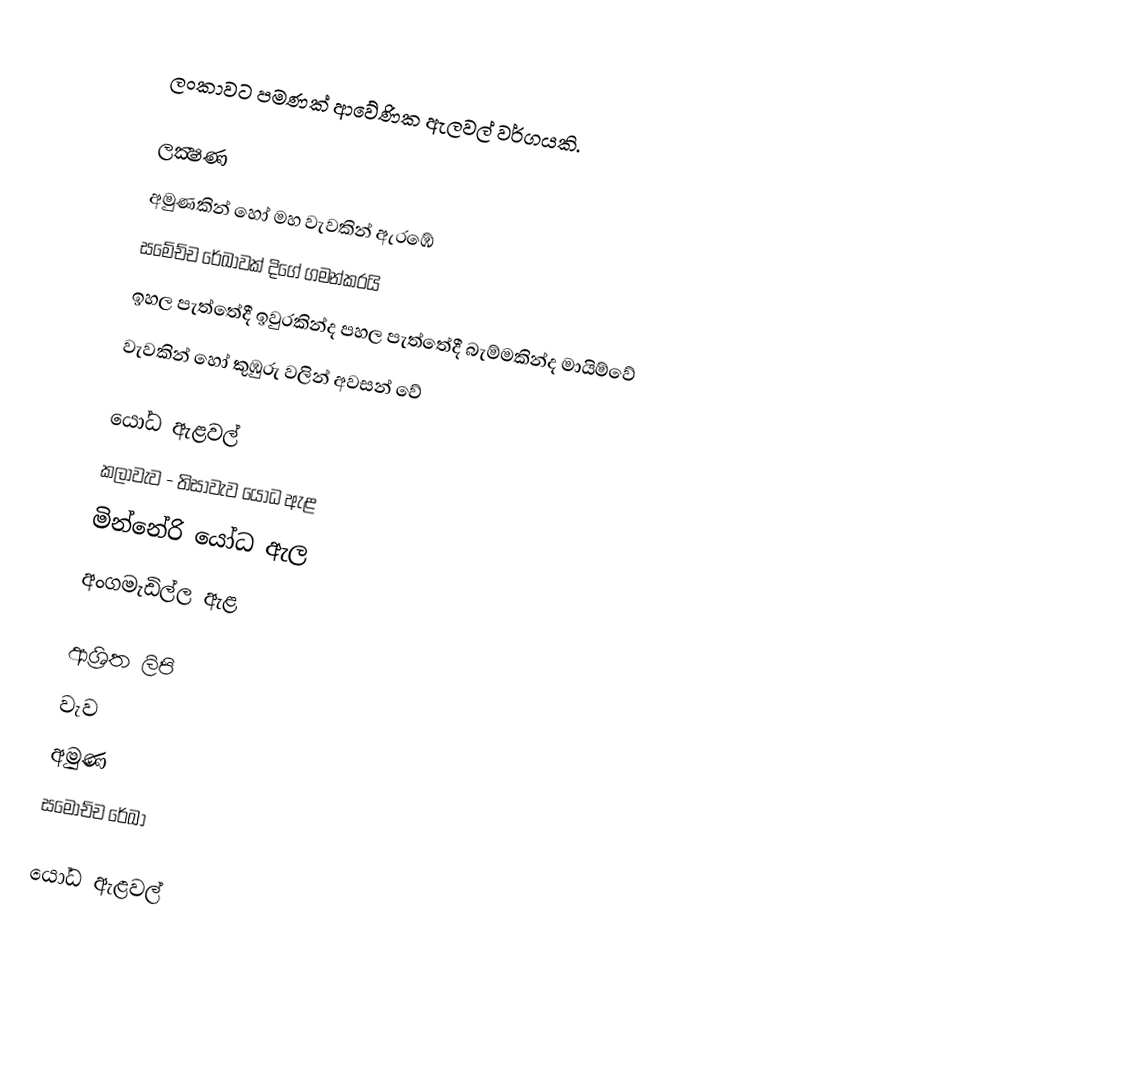
ලංකාවට පමණක් ආවේණික ඇලවල් වර්ගයකි.

ලක්‍ෂණ
 අමුණකින් හෝ මහ වැවකින් ඇරඹේ
  සමේච්ච රේඛාවක් දිගේ ගමන්කරයි
 ඉහල පැත්තේදී ඉවුරකින්ද පහල පැත්තේදී බැම්මකින්ද මායිම්වේ
 වැවකින් හෝ කුඹුරු වලින් අවසන් වේ

යෝධ ඇළවල්
 කලාවැව - තිසාවැව යෝධ ඇළ
 මින්නේරි යෝධ ඇල
 අංගමැඩිල්ල ඇළ

ආශ්‍රිත ලිපි
 වැව
 අමුණ
 සමෝච්ච රේඛා

යෝධ ඇළවල්